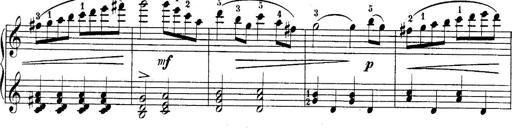
Title: 10 Sonatines progressives
Composer: Anton Schmoll